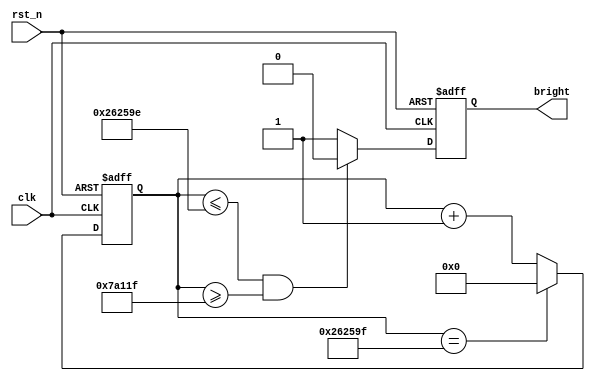
module TEST8 (
	input clk,
	input rst_n,
	output reg bright
);

	//LED
	// assign bright = 1'd0;

	//50%50ms
	reg [23:0] temp;
	always@(posedge clk or negedge rst_n) begin
		if(!rst_n) begin
			temp <= 24'd0; 
		end else if(temp == 24'd2_499_999) begin
			temp <= 24'd0;
		end else begin
			temp <= temp + 24'd1;
		end
	end

	// always @(posedge clk or negedge rst_n) begin
	// 	if(~rst_n) begin
	// 		bright <= 1'd0;
	// 	end else if(temp >= 24'd1_249_999 && temp <= 24'd2_499_998) begin
	// 		bright <= 1'd1;
	// 	end else begin
	// 		bright <= 1'd0;
	// 	end
	// end

	// 10ms40ms
	always @(posedge clk or negedge rst_n) begin
		if(~rst_n) begin
			bright <= 1'd0;
		end else if(temp <= 24'd2_499_998 && temp >= 24'd499_999) begin
			bright <= 1'd0;
		end else begin
			bright <= 1'd1;
		end
	end

endmodule